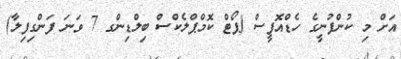
އަށް މި ކުންފުނީގެ ހެޑްއޮފީސް (ޕޯޓް ކޮމްޕްލެކްސް ބިލްޑިންގ 7 ވަނަ ފަންގިފިލާ)